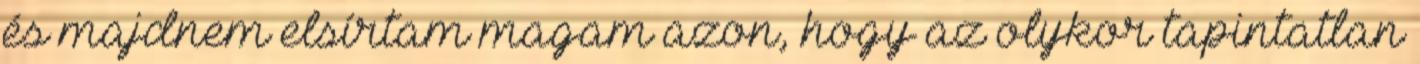
és majdnem elsírtam magam azon, hogy az olykor tapintatlan